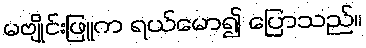
မဗျိုင်းဖြူက ရယ်မော၍ ပြောသည်။